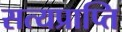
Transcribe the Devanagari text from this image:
सत्यप्राप्ति